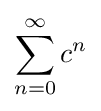
\sum _{n=0}^{\infty }c^{n}